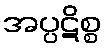
အပ္ပဋိစ္စ